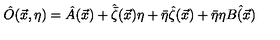
\hat { O } ( \vec { x } , \eta ) = \hat { A } ( \vec { x } ) + \hat { \bar { \zeta } } ( \vec { x } ) \eta + \bar { \eta } \hat { \zeta } ( \vec { x } ) + \bar { \eta } \eta \hat { B ( \vec { x } ) }